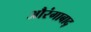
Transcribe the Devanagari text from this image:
औरंगाबाद्